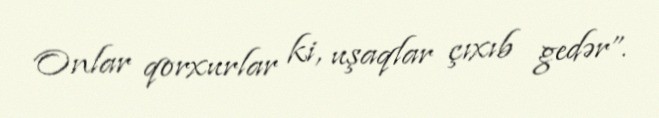
Onlar qorxurlar ki, uşaqlar çıxıb gedər”.